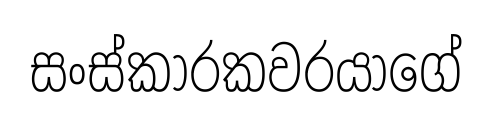
සංස්කාරකවරයාගේ